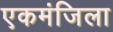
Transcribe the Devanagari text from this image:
एकमंजिला